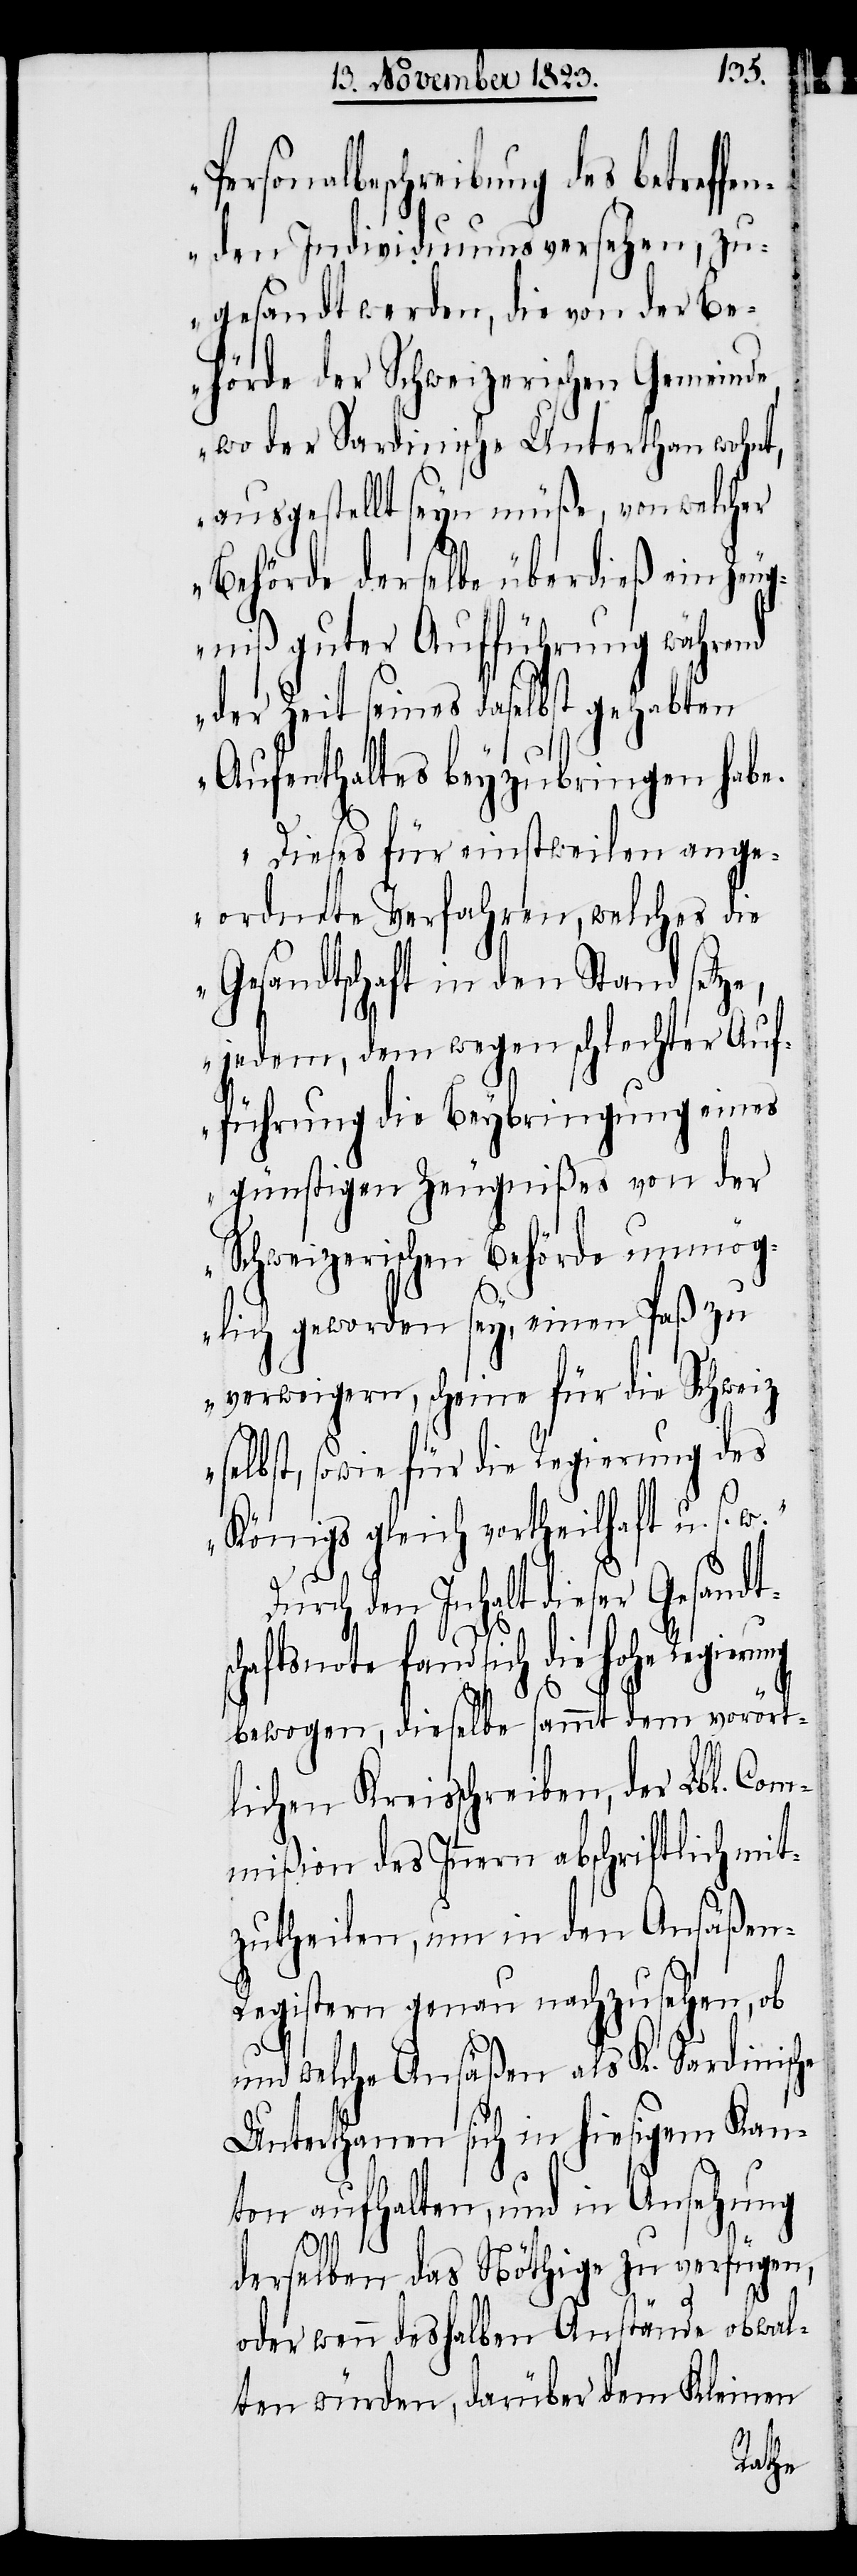
Personalbeschreibung des betreffen¬
den Individuums versehen, zu¬
gesandt werden, die von der Be¬
hörde der Schweizerischen Gemeinde,
wo der Sardinische Unterthan wohnt,
ausgestellt seyn müße, von welcher
Behörde derselbe überdieß ein Zeug¬
niß guter Aufführung während
der Zeit seines daselbst gehabten
Aufenthaltes beyzubringen habe.
Dieses für einstweilen ange¬
ordnete Verfahren, welches die
Gesandtschaft in den Stand setz¬
jedem, dem wegen schlechter Auf¬
führung die Beybringung eines
günstigen Zeugnißes von der
Schweizerischen Behörde unmög¬
lich geworden sey, einen Paß zu
verweigern, scheine für die Schweiz
selbst, sowie für die Regierung des
Königs gleich vortheilhaft u. s.
Durch den Inhalt dieser Gesandts¬
chaftsnote fand sich die hohe
bewogen, dieselbe sammt dem vorört¬
lichen Kreisschreiben, der Lbl. Com¬
mißion des Innern abschriftlich mit¬
zutheilen, um in den Ansäßen-R¬
egistern genau nachzusehen, ob
und welche Ansäßen als K. Sardinische
Unterthanen sich in hiesigem Kan¬
ton aufhalten, und in Ansehung
derselben das Nöthige zu verfügen,
oder wenn deshalben Anstände obwal¬
ten würden, darüber dem Kleinen

e,